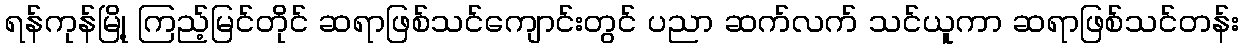
ရန်ကုန်မြို့ ကြည့်မြင်တိုင် ဆရာဖြစ်သင်ကျောင်းတွင် ပညာ ဆက်လက် သင်ယူကာ ဆရာဖြစ်သင်တန်း